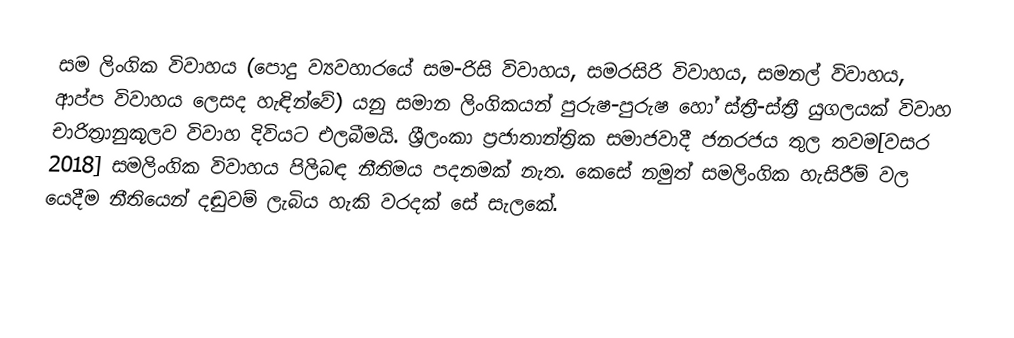
සම ලිංගික විවාහය (පොදු ව්‍යවහාරයේ සම-රිසි විවාහය, සමරසිරි විවාහය, සමනල් විවාහය, ආප්ප විවාහය ලෙසද හැඳින්වේ) යනු සමාන ලිංගිකයන් පුරුෂ-පුරුෂ හෝ ස්ත්‍රී-ස්ත්‍රී යුගලයක් විවාහ චාරිත්‍රානුකූලව විවාහ දිවියට එලබීමයි. ශ්‍රීලංකා ප්‍රජාතාන්ත්‍රික සමාජවාදී ජනරජය තුල තවම[වසර 2018] සමලිංගික විවාහය පිලිබඳ නීතිමය පදනමක් නැත. කෙසේ නමුත් සමලිංගික හැසිරීම් වල යෙදීම නීතියෙන් දඬුවම් ලැබිය හැකි වරදක් සේ සැලකේ.